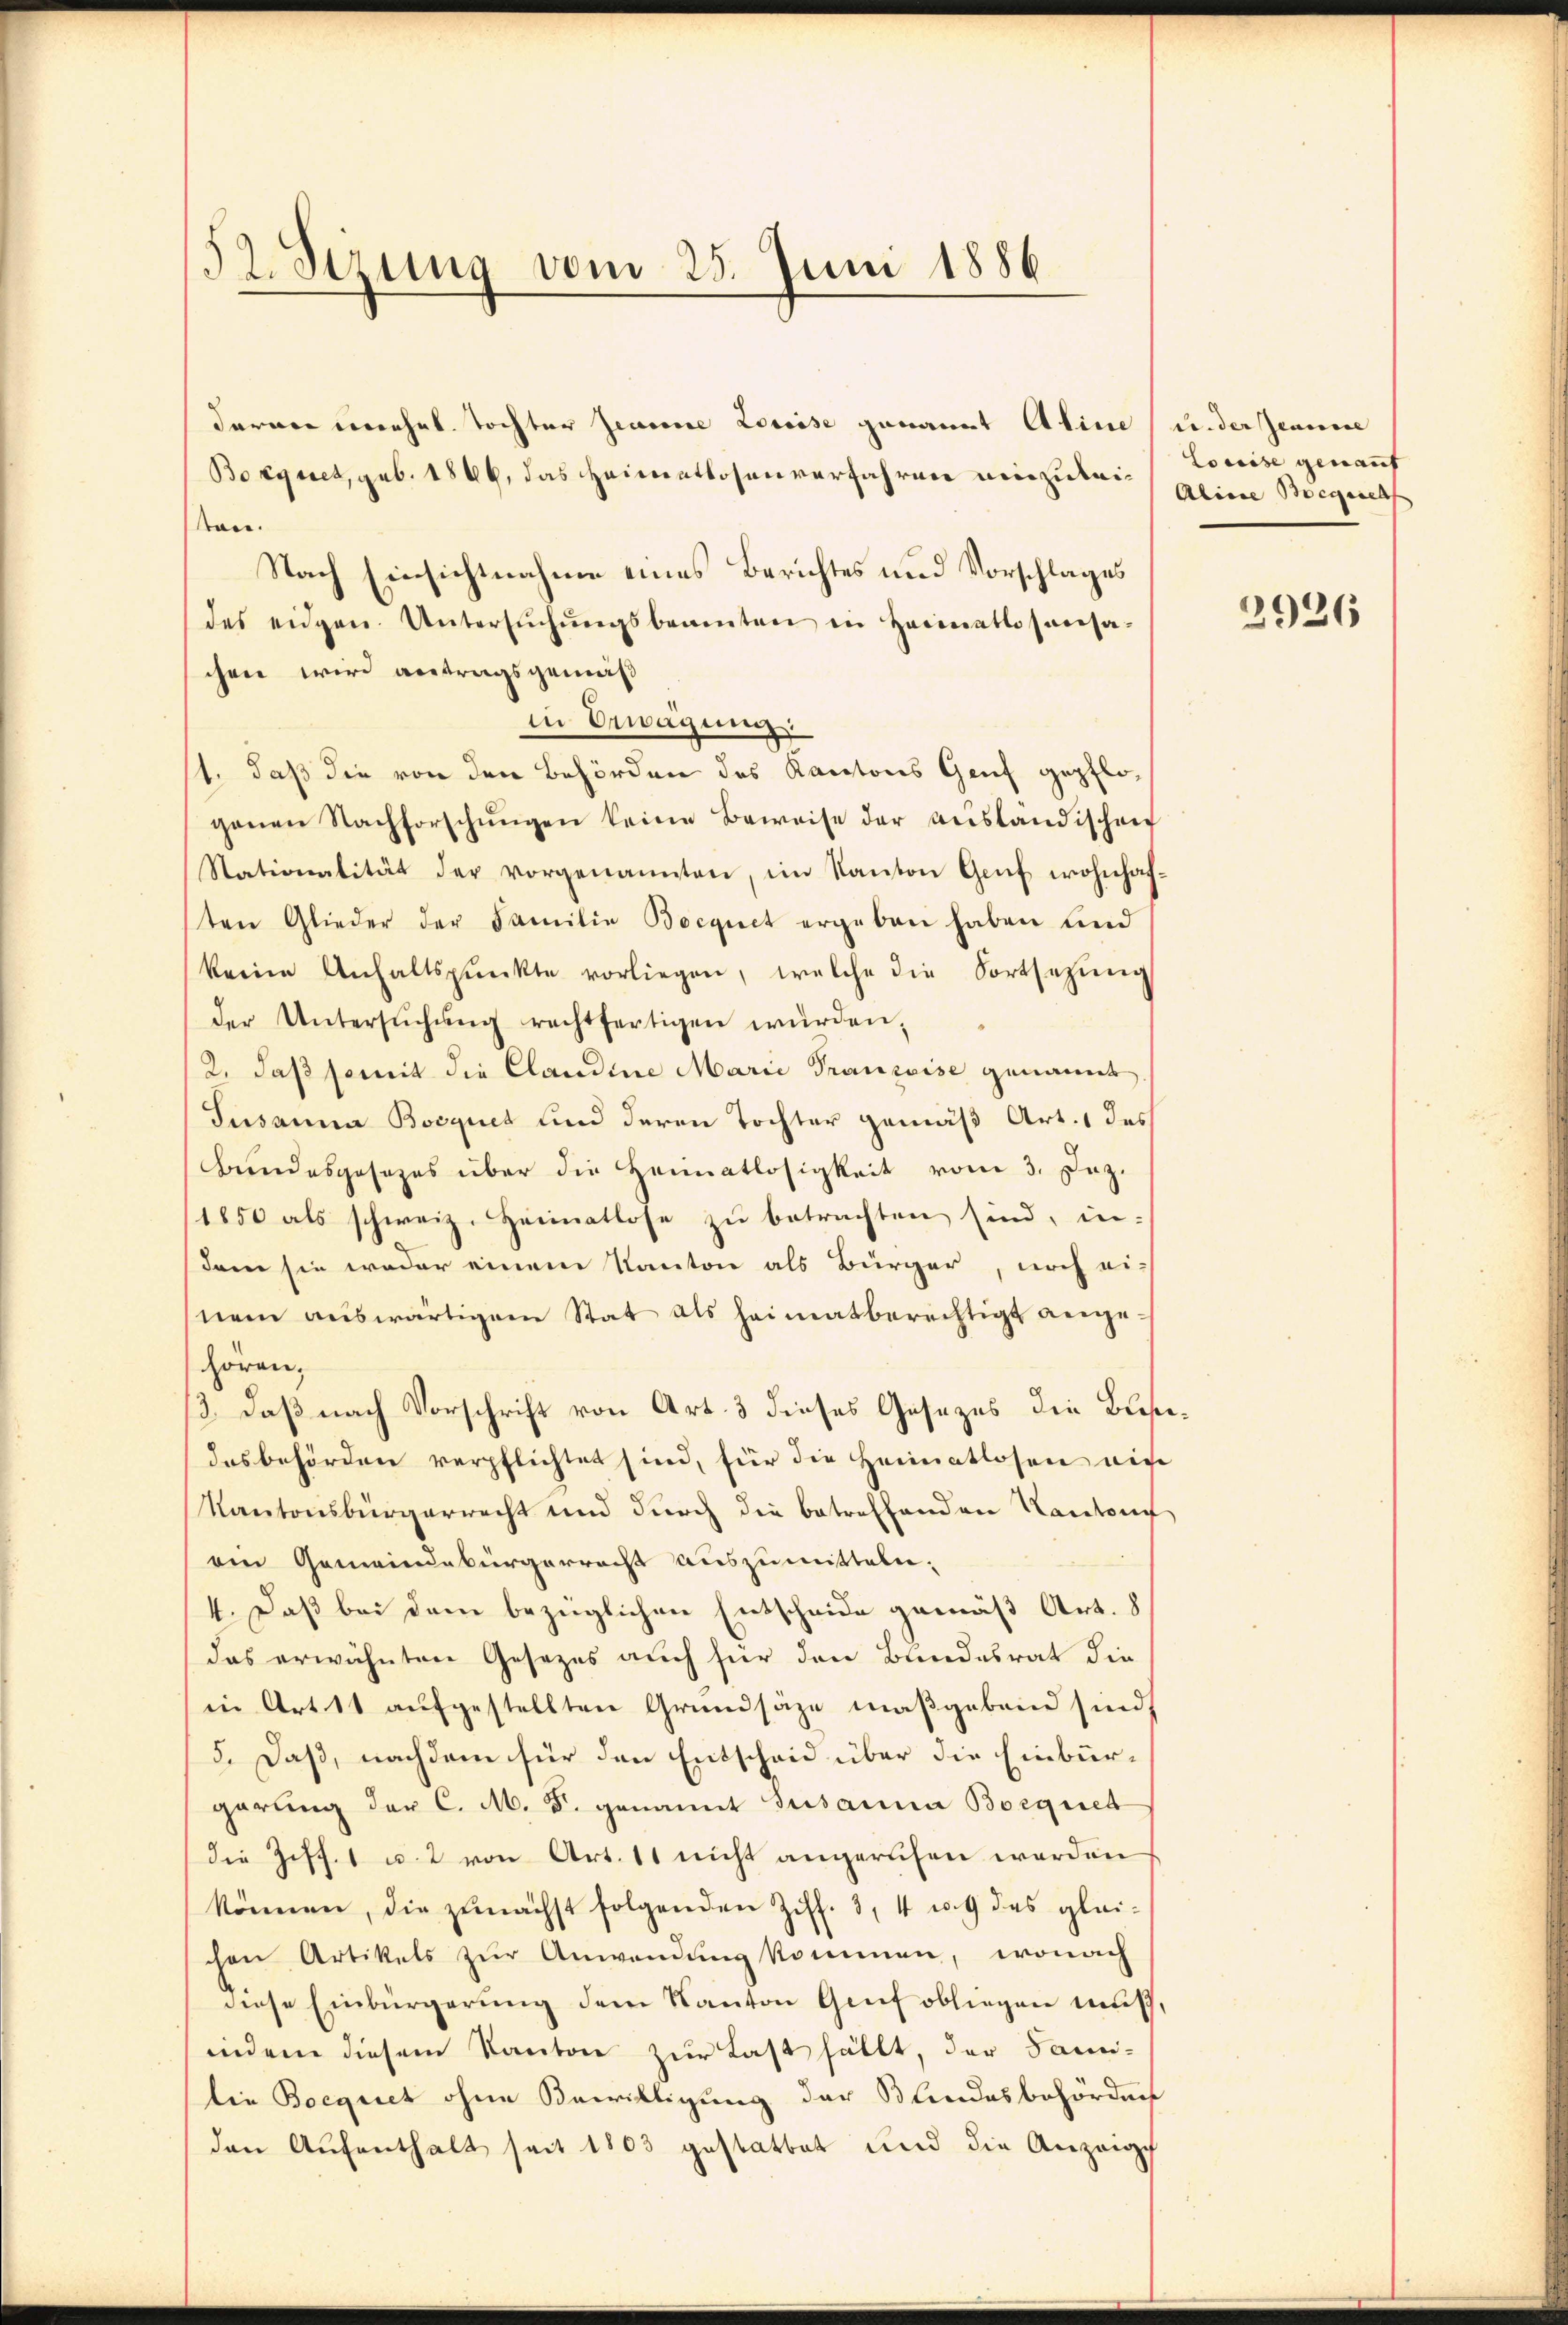
52. Sizung vom 25. Juni 1886

daran unehel. Tochter Jeanne Louise genannt Aline (under Jeanne
Boignet, geb. 1866, das Heimatlosen verfahren einzuleikan.
Nach Einsichtnahme eines Berichtes und Vorschlages
des eidgen. Untersŭchŭngsbeamten in Heimatlosensa-
chen wird antragsgemäß
in Erwägung
1. daß die von den Behörden des Kantons Genf gepflogenen Nachforschŭngen keine Beweise der aŭsländischen
Nationalität der vorgenannten, im Kanton Genf wohnhaften Glieder der Familie Bocquet ergeben haben und
keine Anhaltspunkte vorliegen, welche die Fortsetzŭng
der Untersŭchŭng rechtfertigen würden,
2, daß somit die Claudine Marie Trauzeise genannt
Jusanna Bocquet und deren Tochter gemäß Art. 1 das
Bundesgesezes über die Heimatlosigkeit vom 3. Dez.
1850 als schweiz. Heimatlose zu betrachten sind, indem sie weder einem Kanton als Bürger, noch ei
nem auswärtigem Stat als heimatberechtigt angehören,
3 daß nach Vorschrift von Art. 3 dieses Gesezes die Blesedesbehörden verpflichtet sind, für die Heimatlosen nic
Kantonsbürgerrecht und durch die betreffenden Kantone
emn Gemeindebürgerrecht auszumitteln.
4. Daß bei dem bezüglichen Entscheide gemäß Art. 8
das erwähnten Gesezes auch für den Bundesrat die
in Art. 11 aufgestellten Grundsäze maßgebend sind,
5. Daß, nachdem für den Entscheid über die Einbürgerung der C. M. F. genannt Susanna Borquet
die Ziff. 1 u. 2 von Art. 11 nicht angerufen werden
können, die zunächst folgenden Ziff. 3, 4 u. 9 des glei-
chen Artikels zur Anwendung kommen, wonach
diese Einbürgerung dem Kanton Gruf obliegen muß,
indem diesem Kanton zur Last fällt, der Sanidie Boequet ohne Bewilligung der Blindesbehördnis
den Aŭfenthalt seit 1803 gestattet und die Anzeige

Louise genauf
Aline Begeseh

2926